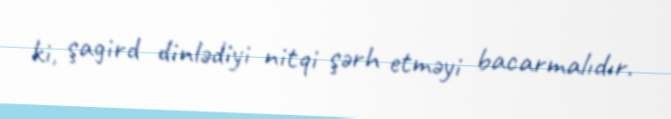
ki, şagird dinlədiyi nitqi şərh etməyi bacarmalıdır.